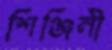
শিঞ্জিনী